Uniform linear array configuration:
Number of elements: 16
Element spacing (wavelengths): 0.25
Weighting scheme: uniform
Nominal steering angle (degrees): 60
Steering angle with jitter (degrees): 61.746
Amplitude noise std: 0.05
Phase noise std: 0.05

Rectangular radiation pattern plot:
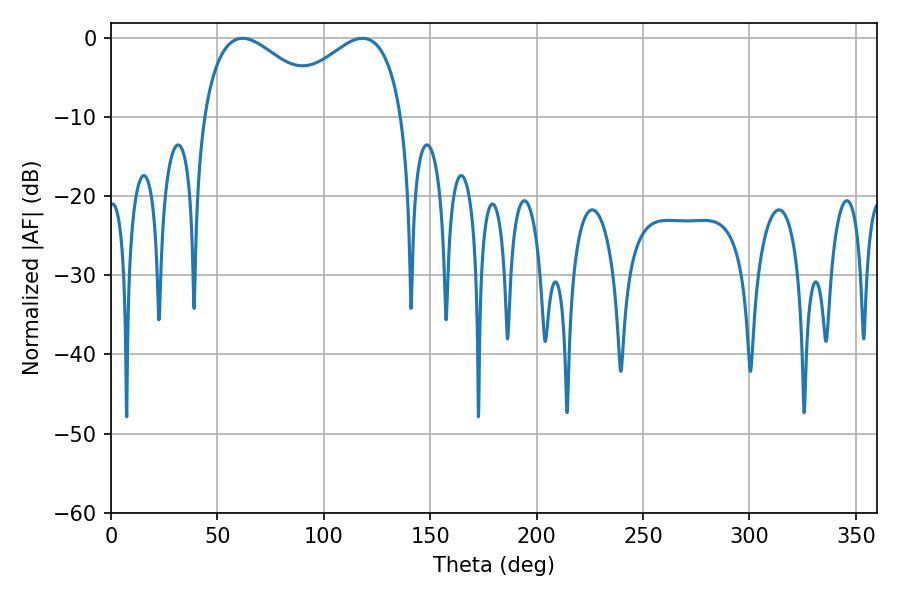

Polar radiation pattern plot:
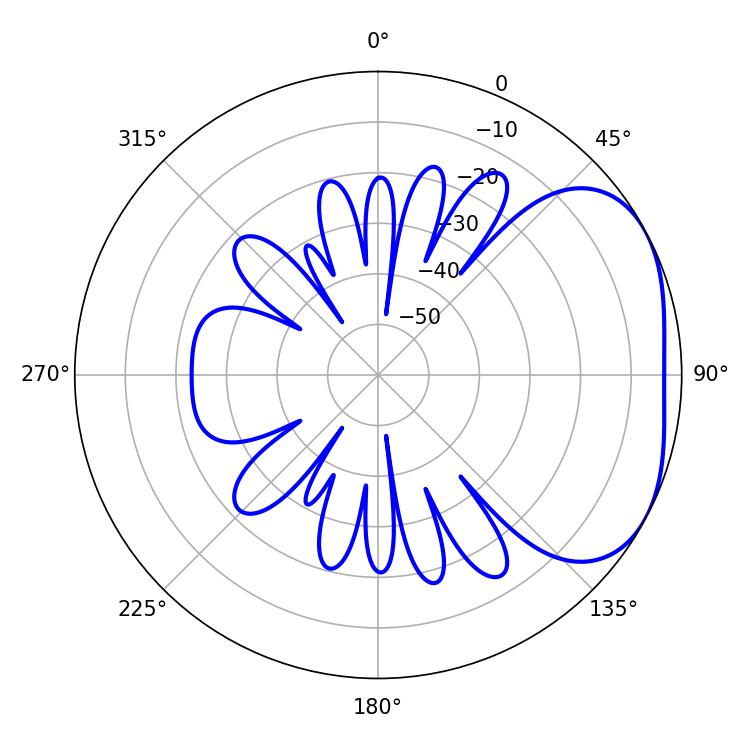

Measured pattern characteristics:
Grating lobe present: FALSE
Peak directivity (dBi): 3.147
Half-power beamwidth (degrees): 32.4
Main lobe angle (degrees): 61.74